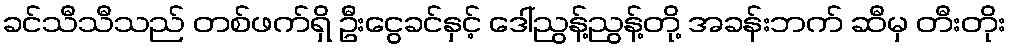
ခင်သီသီသည် တစ်ဖက်ရှိ ဦးငွေခင်နှင့် ဒေါ်ညွန့်ညွန့်တို့ အခန်းဘက် ဆီမှ တီးတိုး